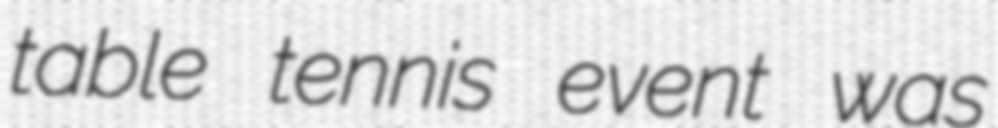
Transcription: table tennis event was